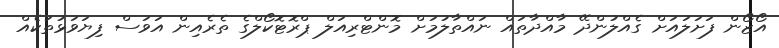
އޯޒޯން ފަށަލައަށް ގެއްލުންދޭ މާއްދާތައް ނައްތާލުމަށް މޮންޓްރިއަލް ޕްރޮޓޮކޯލްގެ ތެރެއިން އަވަސް ފިޔަވަޅުތަކެއް